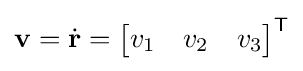
\mathbf {v} ={\dot {\mathbf {r} }}={\begin{bmatrix}v_{1}&v_{2}&v_{3}\end{bmatrix}}^{\mathsf {T}}